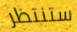
ستنتظر